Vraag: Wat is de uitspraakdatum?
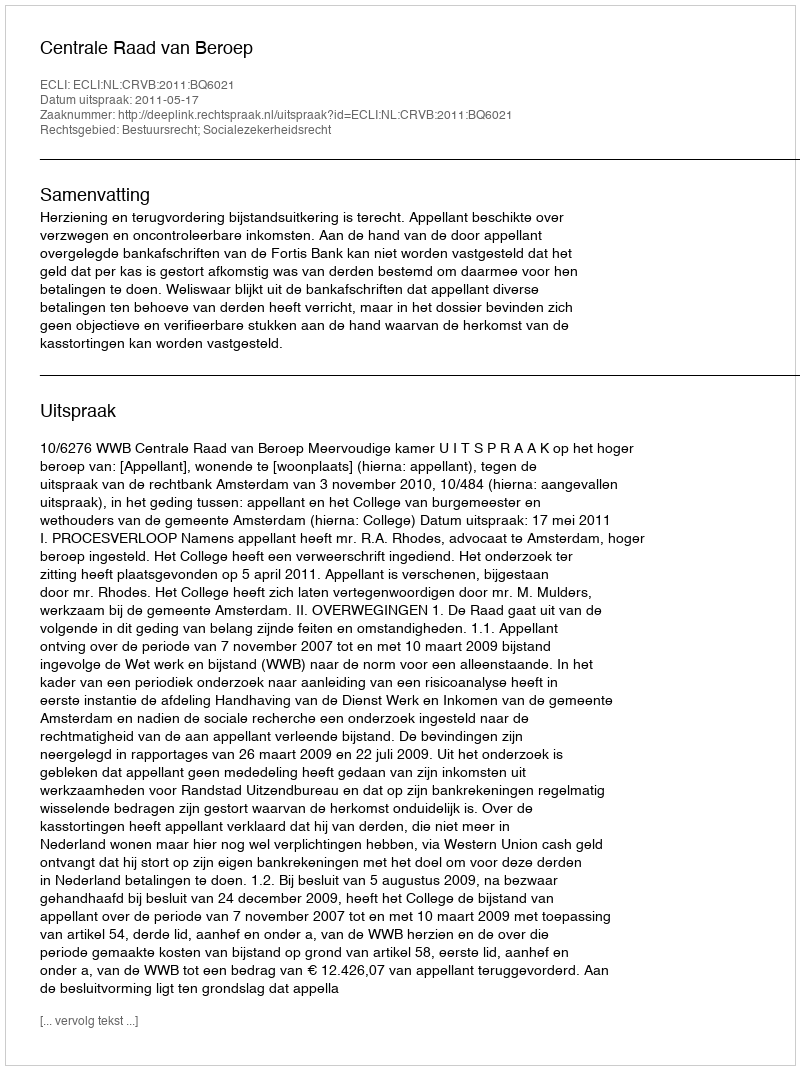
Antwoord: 2011-05-17